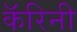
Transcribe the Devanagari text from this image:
कॅरिनी